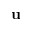
\mathbf { u }